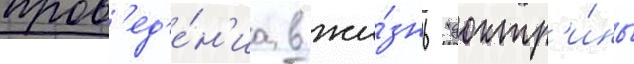
пров'ед'е́н'иа в жи́знь "доктр'и́ны